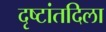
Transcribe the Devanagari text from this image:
दृष्टांतदिला